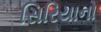
સિરિયાનો